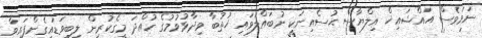
ނަމަވެސް އައްޝައިޚް އިލްޔާސް ޙުސެއިނަކީ ނުބައްލަވައި ޚުތުބާ ވިދާޅުވުމުގެ ހުއްދަ މީގެކުރިން ލިބިވަޑައިގެންފައިވާ